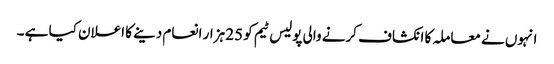
انہوں نے معاملہ کا انکشاف کرنے والی پولیس ٹیم کو 25 ہزار انعام دینے کا اعلان کیا ہے ۔